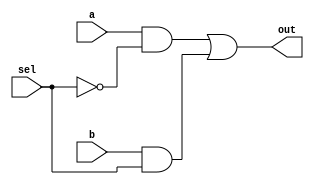

module mux (out,a,b,sel);

// Port declarations
  output out;
  input a,b,sel;

// The netlist
  not u1(sel_, sel);
  and u2(a1, a, sel_); 
  and u3(b1, b, sel);
  or u4(out, a1, b1);




endmodule